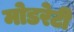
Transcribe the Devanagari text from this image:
मोडरेटी